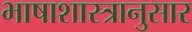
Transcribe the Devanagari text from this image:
भाषाशास्त्रानुसार